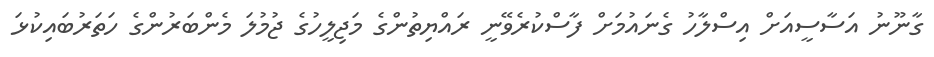
ގާނޫނު އަސާސީއަށް އިސްލާހު ގެނައުމަށް ފާސްކުރެވޭނީ ރައްޔިތުންގެ މަޖިލީހުގެ ޖުމުލަ މެންބަރުންގެ ހަތަރުބައިކުޅަ